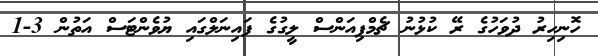
ހޮނިހިރު ދުވަހުގެ ރޭ ކުޅުުނު ޗެމްޕިއަންސް ލީގުގެ ފައިނަލްގައި ޔުވެންޓަސް އަތުން 3-1